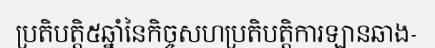
ប្រតិបត្តិ៥ឆ្នាំនៃកិច្ចសហប្រតិបត្តិការឡានឆាង-